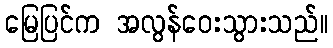
မြေပြင်က အလွန်ဝေးသွားသည်။